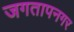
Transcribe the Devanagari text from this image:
जगतापनगर